Indian journal of veterinary science and animal husbandry - Volume 11,
Year: 1941
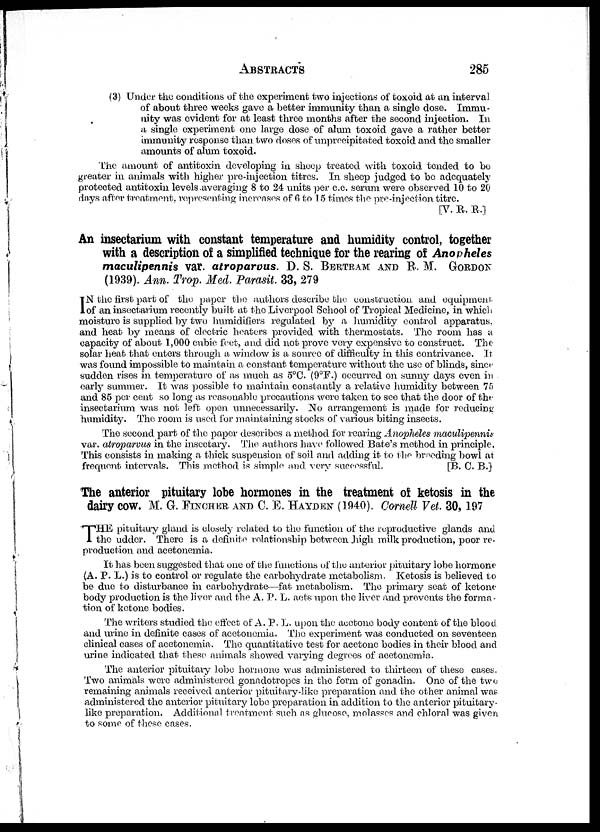
ABSTRACTS 285
(3) Under the conditions of the experiment two injections of toxoid at an interval
of about three weeks gave a better immunity than a single dose. Immu-
nity was evident for at least three months after the second injection. In
a single experiment one large dose of alum toxoid gave a rather better
immunity response than two doses of unprecipitated toxoid and the smaller
amounts of alum toxoid.
The amount of antitoxin developing in sheep treated with toxoid tended to be
greater in animals with higher pre-injection titres. In sheep judged to be adequately
protected antitoxin levels averaging 8 to 24 units per c.c. serum were observed 10 to 20
days after treatment, representing increases of 6 to 15 times the pre-injection, titre.
[V. R. R.]
An insectarium with constant temperature and humidity control, together
with a description of a simplified technique for the rearing of Anopheles
maculipennis var. atroparvus. D. S. BERTRAM AND R. M. GORDON
(1939). Ann. Trop. Med. Parasit. 33, 279
I N the first part of the paper the authors describe the construction and equipment
of an insectarium recently built at the Liverpool School of Tropical Medicine, in which
moisture is supplied by two humidifiers regulated by a humidity control apparatus.
and heat by means of electric heaters provided with thermostats. The room has a
capacity of about 1,000 cubic feet, and did not prove very expensive to construct. The
solar heat that enters through a window is a source of difficulty in this contrivance. It
was found impossible to maintain a constant temperature without the use of blinds, since
sudden rises in temperature of as much as 5°C. (9°F.) occurred on sunny days even in
early summer. It was possible to maintain constantly a relative humidity between 75
and 85 per cent so long as reasonable precautions were taken to see that the door of the
insectarium was not left open unnecessarily. No arrangement is made for reducing
humidity. The room is used for maintaining stocks of various biting insects.
The second part of the paper describes a method for rearing Anopheles maculipennis
var. atroparvus in the insectary. The authors have followed Bate's method in principle.
This consists in making a thick suspension of soil and adding it to the breeding bowl at
frequent intervals. This method is simple and. very successful.
[B. C. B.]
The anterior pituitary lobe hormones in the treatment of ketosis in the
dairy cow. M. G. FINCHER AND C. E. HAYDEN (1940). Cornell Vet. 30, 197
T HE pituitary gland is closely related to the function of the reproductive glands and
the udder. There is a definite relationship between high milk production, poor re-
production and acetonemia.
It has been suggested that one of the functions of the anterior pituitary lobe hormone
(A. P. L.) is to control or regulate the carbohydrate metabolism. Ketosis is believed to
be due to disturbance in carbohydrate—fat metabolism. The primary seat of ketone
body production is the liver and the A. P. L. acts upon the liver and prevents the forma-
tion of ketone bodies.
The writers studied the effect of A. P. L. upon the acetone body content of the blood
and urine in definite cases of acetonemia. The experiment was conducted on seventeen
clinical cases of acetonemia. The quantitative test for acetone bodies in their blood and
urine indicated that these animals showed varying degrees of acetonemia.
The anterior pituitary lobe hormone was administered to thirteen of these cases.
Two animals were administered gonadotropes in the form of gonadin. One of the two
remaining animals received anterior pituitary-like preparation and. the other animal was
administered the anterior pituitary lobe preparation in addition to the anterior pituitary-
like preparation. Additional treatment such as glucose, molasses and chloral was given
to some of these cases.